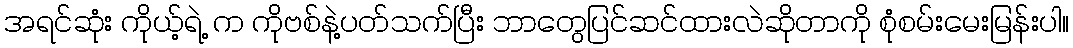
အရင်ဆုံး ကိုယ့်ရဲ့ က ကိုဗစ်နဲ့ပတ်သက်ပြီး ဘာတွေပြင်ဆင်ထားလဲဆိုတာကို စုံစမ်းမေးမြန်းပါ။